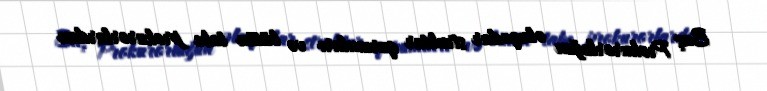
Baş Prokurorluğun əlaqədar struktur qurumları və bütün tabe prokurorlardan